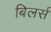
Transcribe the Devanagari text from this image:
बिलर्स